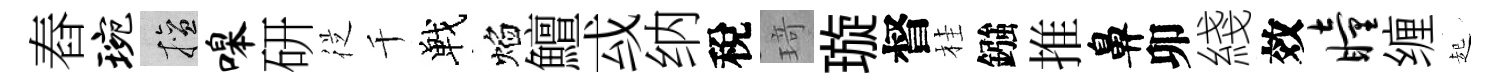
舂琬擅嗥研従千戰焰鱣㦯纳稅𤦺璇督桂鏹推鼻卯綫效瞳缠起